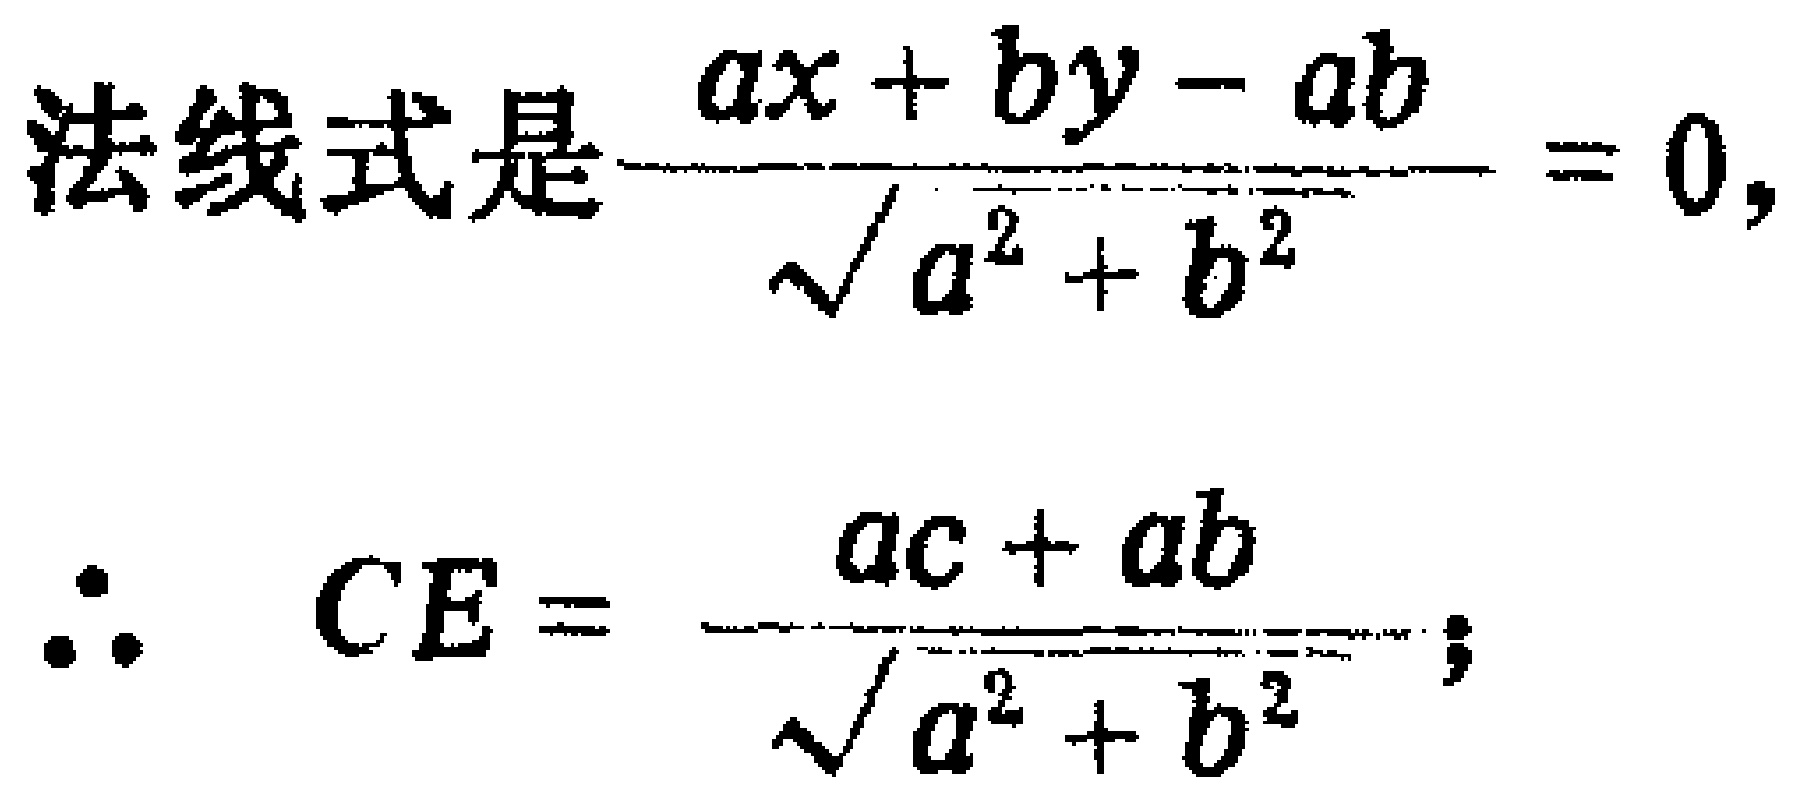
法线式是$\frac{ax + by - ab}{\sqrt{a^{2}+b^{2}}}=0,$
$\therefore CE = \frac{ac + ab}{\sqrt{a^{2}+b^{2}}};$